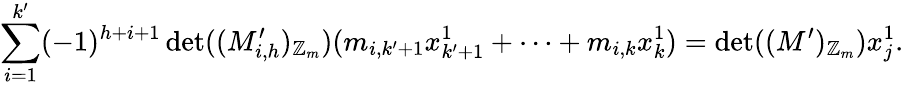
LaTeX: \sum_{i=1}^{k^{\prime}}(-1)^{h+i+1}\operatorname*{det}((M_{i,h}^{\prime})_{\mathbb{Z}_{m}})(m_{i,k^{\prime}+1}x_{k^{\prime}+1}^{1}+\dots+m_{i,k}x_{k}^{1})=\operatorname*{det}((M^{\prime})_{\mathbb{Z}_{m}})x_{j}^{1}.